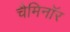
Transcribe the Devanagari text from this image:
चैमिनॉर